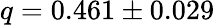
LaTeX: q=0.461\pm 0.029